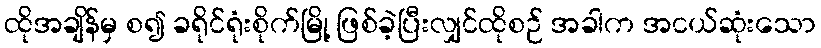
ထိုအချိန်မှ စ၍ ခရိုင်ရုံးစိုက်မြို့ ဖြစ်ခဲ့ပြီးလျှင်ထိုစဉ် အခါက အငယ်ဆုံးသော